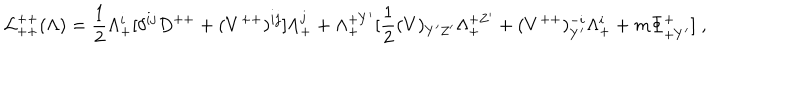
{ \cal L } _ { + + } ^ { + + } ( \Lambda ) = { \frac { 1 } { 2 } } \Lambda _ { + } ^ { i } [ \delta ^ { i j } D ^ { + + } + ( V ^ { + + } ) ^ { i j } ] \Lambda _ { + } ^ { j } + \Lambda _ { + } ^ { + Y ^ { \prime } } [ { \frac { 1 } { 2 } } ( V ) _ { Y ^ { \prime } Z ^ { \prime } } \Lambda _ { + } ^ { + Z ^ { \prime } } + ( V ^ { + + } ) _ { Y ^ { \prime } } ^ { - i } \Lambda _ { + } ^ { i } + m \Phi _ { + Y ^ { \prime } } ^ { + } ] \; ,